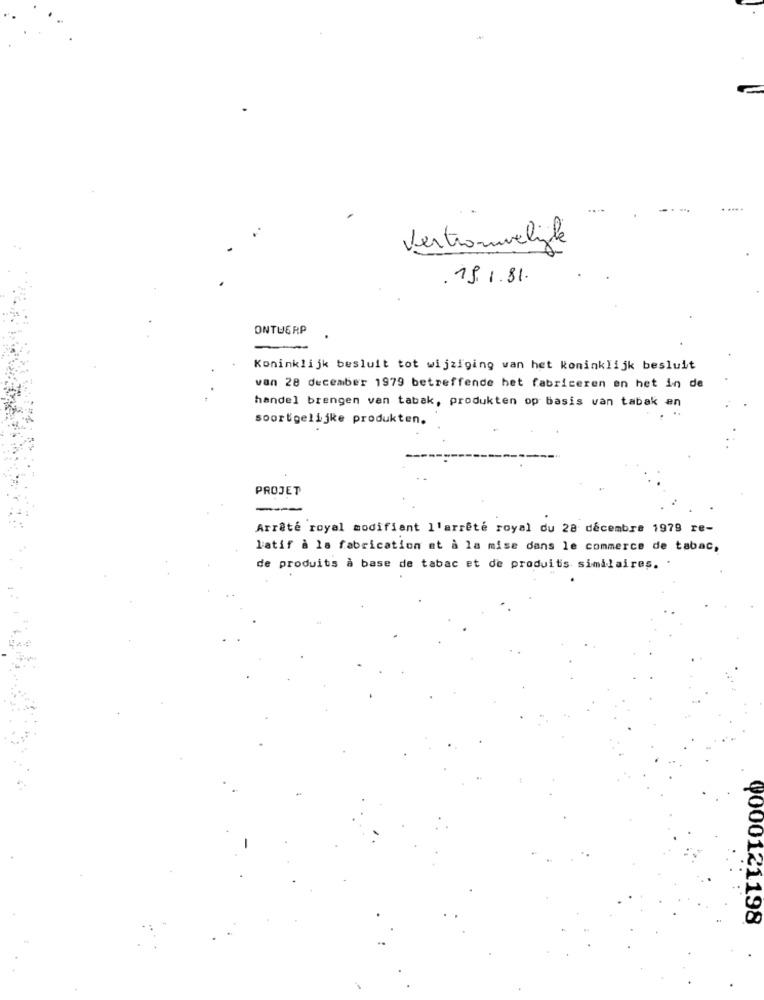
Vertrouvelike
19.1.81.
ONTWERP
-
Koninklijk besluit tot wijziging van het koninklijk besluit
van 28 december 1979 betreffende het fabriceren en het in de
handel brengen van tabak, produkten op basis van tabak en
soortgelijke produkten.
PROJET
Arrêté royal modifiant l'arrêté royal du 28 décembre 1979 re-
latif à la fabrication et à la mise dans le commerce de tabac,
de produits à base de tabac et de produits similaires.
₡000121198